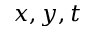
x , y , t